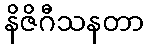
နိဇိဂီသနတာ